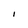
Character: I